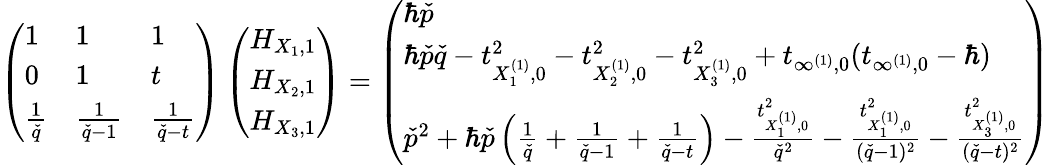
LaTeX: \left(\begin{array}{lll}{1}&{1}&{1}\\ {0}&{1}&{t}\\ {\frac{1}{\check{q}}}&{\frac{1}{\check{q}-1}}&{\frac{1}{\check{q}-t}}\end{array}\right)\left(\begin{array}{l}{H_{X_{1},1}}\\ {H_{X_{2},1}}\\ {H_{X_{3},1}}\end{array}\right)=\left(\begin{array}{l}{\hbar\check{p}}\\ {\hbar\check{p}\check{q}-t_{X_{1}^{(1)},0}^{2}-t_{X_{2}^{(1)},0}^{2}-t_{X_{3}^{(1)},0}^{2}+t_{\infty^{(1)},0}(t_{\infty^{(1)},0}-\hbar)}\\ {\check{p}^{2}+\hbar\check{p}\left(\frac{1}{\check{q}}+\frac{1}{\check{q}-1}+\frac{1}{\check{q}-t}\right)-\frac{t_{X_{1}^{(1)},0}^{2}}{\check{q}^{2}}-\frac{t_{X_{1}^{(1)},0}^{2}}{(\check{q}-1)^{2}}-\frac{t_{X_{3}^{(1)},0}^{2}}{(\check{q}-t)^{2}}}\end{array}\right)